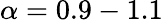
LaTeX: \alpha=0.9-1.1